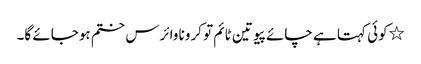
٭کوئی کہتا ہے چائے پیو تین ٹائم تو کرونا وائرس ختم ہوجائے گا۔